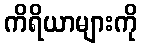
ကိရိယာများကို